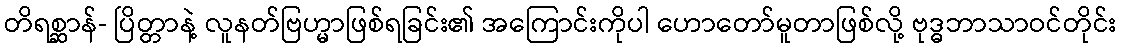
တိရစ္ဆာန်- ပြိတ္တာနဲ့ လူနတ်ဗြဟ္မာဖြစ်ရခြင်း၏ အကြောင်းကိုပါ ဟောတော်မူတာဖြစ်လို့ ဗုဒ္ဓဘာသာဝင်တိုင်း